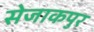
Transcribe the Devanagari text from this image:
सेजाकपुर